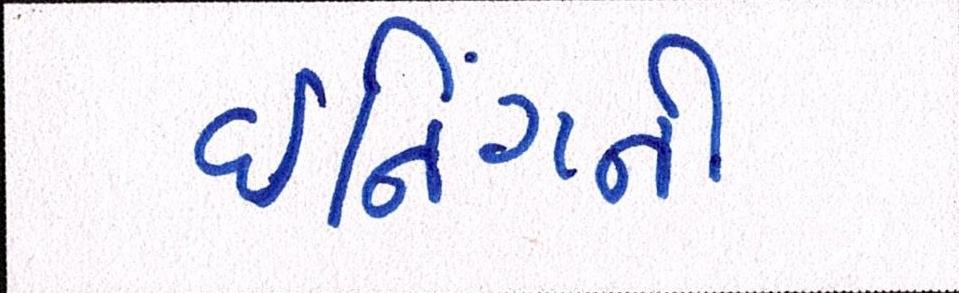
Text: ઈનિંગની